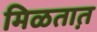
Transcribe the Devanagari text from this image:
मिळतात़